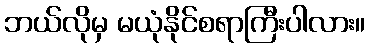
ဘယ်လိုမှ မယုံနိုင်စရာကြီးပါလား။